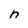
Character: n